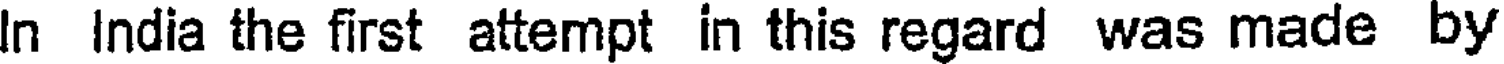
In India the first attempt in this regard was made by